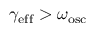
\gamma _ { \mathrm { e f f } } > \omega _ { \mathrm { o s c } }